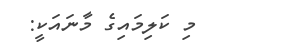
މި ކަލިމައިގެ މާނައަކީ: